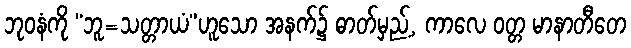
ဘုဝနံကို “ဘူ=သတ္တာယံ”ဟူသော အနက်၌ ဓာတ်မှည့်, ကာလေ ဝတ္တ မာနာတီတေ